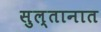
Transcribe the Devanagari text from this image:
सुल्तानात